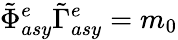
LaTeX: \tilde{\Phi}_{asy}^{e}\tilde{\Gamma}_{asy}^{e}=m_{0}